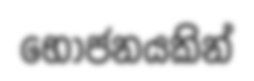
භොජනයකින්